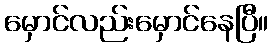
မှောင်လည်းမှောင်နေပြီ။